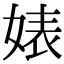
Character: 婊